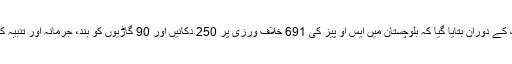
بریفنگ کے دوران بتایا گیا کہ بلوچستان میں ایس او پیز کی 691 خلاف ورزی پر 250 دکانیں اور 90 گاڑیوں کو بند، جرمانہ اور تنبیہ کی گئی۔